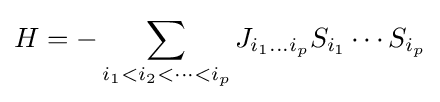
H=-\sum _{i_{1}<i_{2}<\cdots <i_{p}}J_{i_{1}\dots i_{p}}S_{i_{1}}\cdots S_{i_{p}}